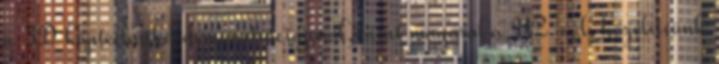
a 3D képtechnika demonstrációjáról, mint magáról a U2-ról, közelítsünk